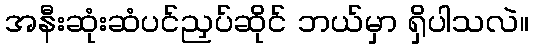
အနီးဆုံးဆံပင်ညှပ်ဆိုင် ဘယ်မှာ ရှိပါသလဲ။